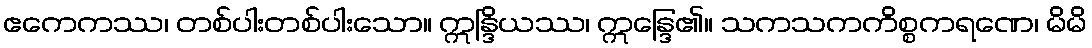
ဧကေကဿ၊ တစ်ပါးတစ်ပါးသော။ ဣန္ဒြိယဿ၊ ဣန္ဒြေ၏။ သကသကကိစ္စကရဏေ၊ မိမိ